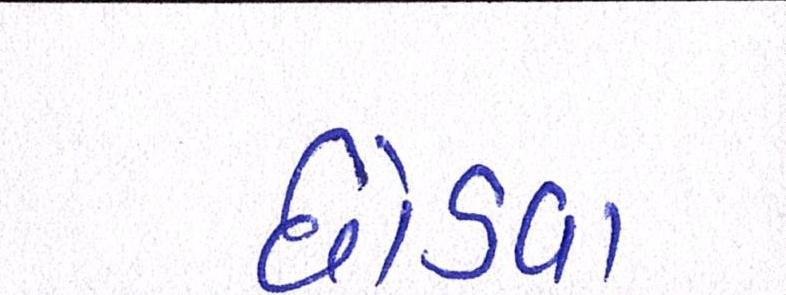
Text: છોડવા